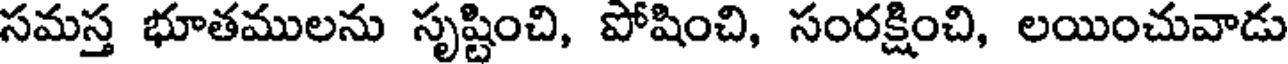
సమస్త భూతములను సృష్టించి, పోషించి, సంరక్షించి, లయించువాడు